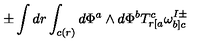
\pm \int d r \int _ { c ( r ) } d \Phi ^ { a } \wedge d \Phi ^ { b } T _ { r [ a } ^ { c } \omega _ { b ] c } ^ { I \pm }